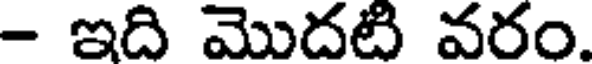
- ఇది మొదటి వరం.